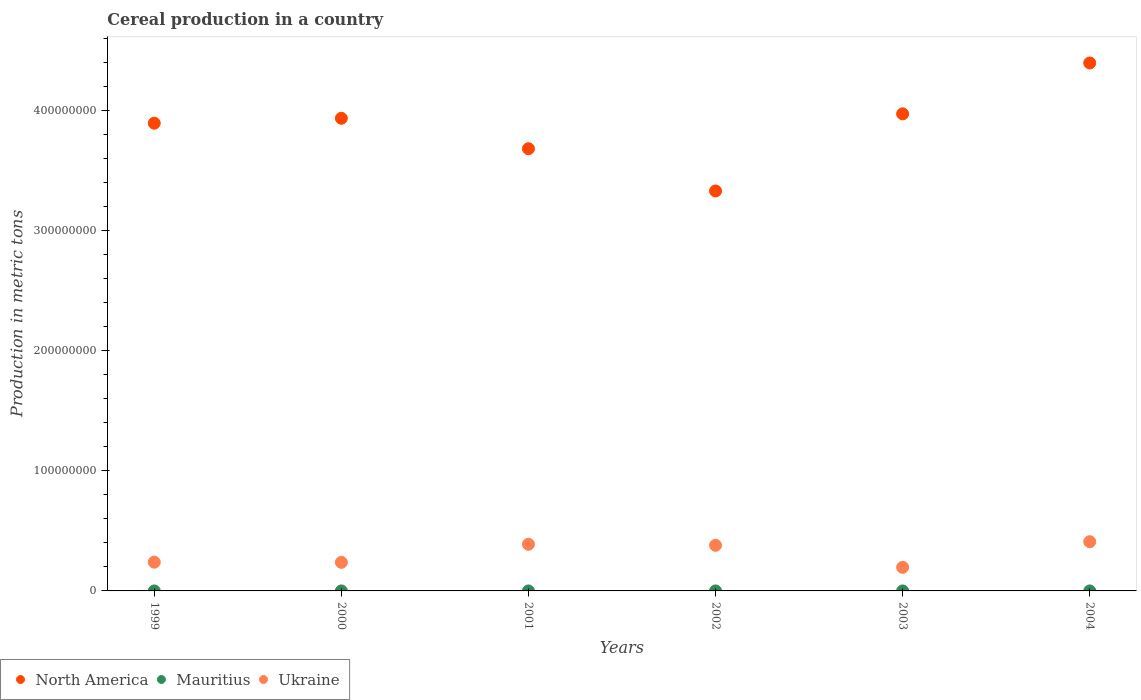
| Years | North America | Mauritius | Ukraine |
 | --- | --- | --- | --- |
 | 1999 | 3.9e+08 | 201 | 2.39e+07 |
 | 2000 | 3.94e+08 | 623 | 2.38e+07 |
 | 2001 | 3.68e+08 | 389 | 3.89e+07 |
 | 2002 | 3.33e+08 | 295 | 3.8e+07 |
 | 2003 | 3.97e+08 | 177 | 1.97e+07 |
 | 2004 | 4.4e+08 | 369 | 4.1e+07 |